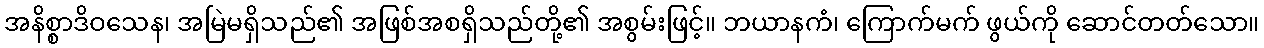
အနိစ္စာဒိဝသေန၊ အမြဲမရှိသည်၏ အဖြစ်အစရှိသည်တို့၏ အစွမ်းဖြင့်။ ဘယာနကံ၊ ကြောက်မက် ဖွယ်ကို ဆောင်တတ်သော။